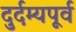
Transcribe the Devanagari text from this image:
दुर्दम्यपूर्व